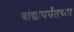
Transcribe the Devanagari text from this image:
बांद्यापर्यंतच्या